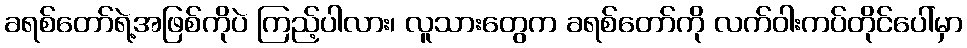
ခရစ်တော်ရဲ့အဖြစ်ကိုပဲ ကြည့်ပါလား၊ လူသားတွေက ခရစ်တော်ကို လက်ဝါးကပ်တိုင်ပေါ်မှာ